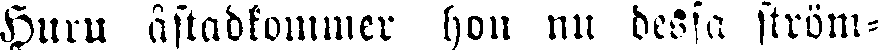
Huru åstadkommer hon nu dessa ström-